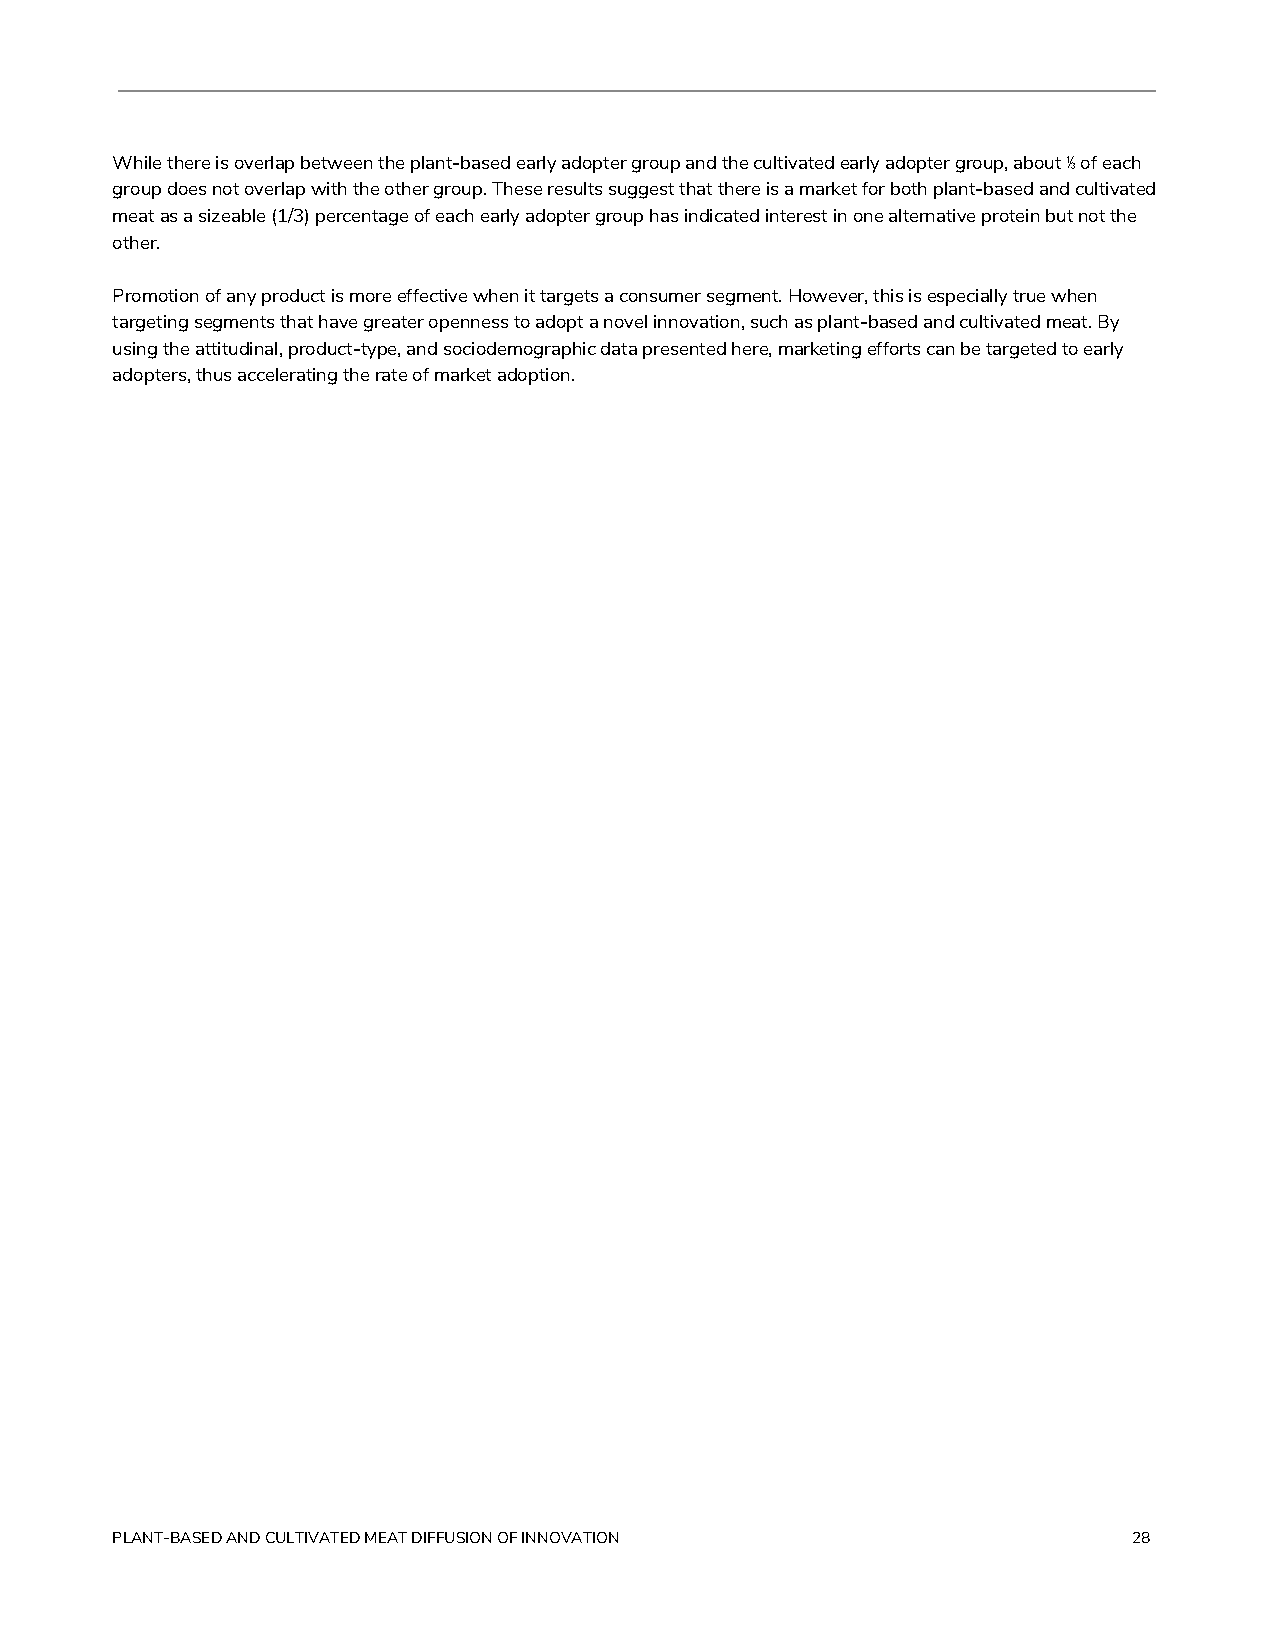
While there is overlap between the plant-based early adopter group and the cultivated early adopter group, about ⅓ of each
 group does not overlap with the other group. These results suggest that there is a market for both plant-based and cultivated
 meat as a sizeable (1/3) percentage of each early adopter group has indicated interest in one alternative protein but not the
 other.
 Promotion of any product is more effective when it targets a consumer segment. However, this is especially true when
 targeting segments that have greater openness to adopt a novel innovation, such as plant-based and cultivated meat. By
 using the attitudinal, product-type, and sociodemographic data presented here, marketing efforts can be targeted to early
 adopters, thus accelerating the rate of market adoption.
 PLANT-BASED AND CULTIVATED MEAT DIFFUSION OF INNOVATION             28